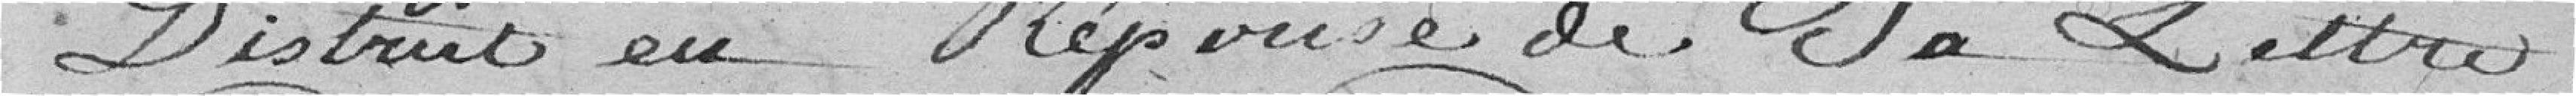
District en réponse de sa lettre.